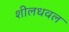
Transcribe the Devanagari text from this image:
शीलधवल